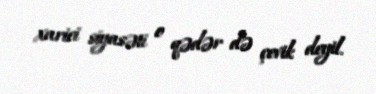
xarici siyasəti o qədər də çevik deyil.